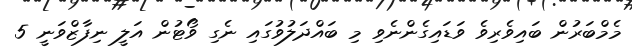
މެމްބަރުން ބައިވެރިވެ ވަޑައިގެންނެވި މި ބައްދަލުވުގައި ނެގި ވޯޓުން އަލީ ނިފާޒްވަނީ 5